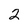
Character: 2